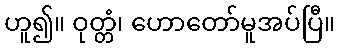
ဟူ၍။ ဝုတ္တံ၊ ဟောတော်မူအပ်ပြီ။